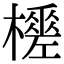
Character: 𣞚